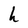
Character: h